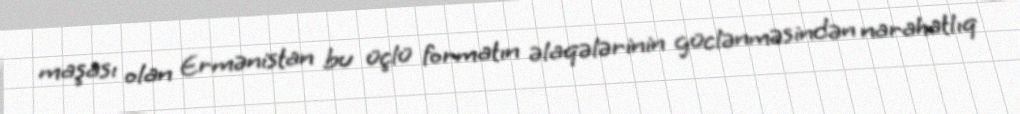
maşası olan Ermənistan bu üçlü formatın əlaqələrinin güclənməsindən narahatlıq